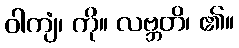
ဝါကျံ၊ ကို။ လဗ္ဘတိ၊ ၏။